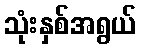
သုံးနှစ်အရွယ်